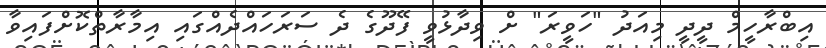
އިބްރާހީމް ދީދީ މިއަދު "ހަވީރަ" ށް ވިދާޅުވީ ފޭދޫގެ ދެ ސަރަހައްދެއްގައި އިމާރާތްކޮށްފައިވާ